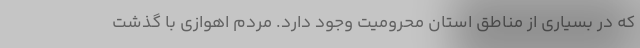
که در بسیاری از مناطق استان محرومیت وجود دارد. مردم اهوازی با گذشت